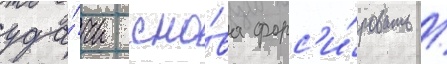
уда́чи сно́ва форс'и́ровать /